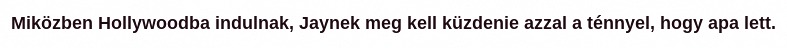
Miközben Hollywoodba indulnak, Jaynek meg kell küzdenie azzal a ténnyel, hogy apa lett.